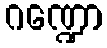
ဂဏ္ဍော